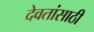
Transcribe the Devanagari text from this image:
देवतांसाठी